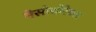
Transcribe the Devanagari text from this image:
मेसोथोरैक्स